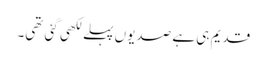
قدیم ہی ہے صدیوں پہلے لکھی گئی تھی۔